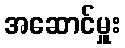
အဆောင်မှူး